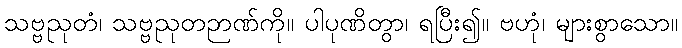
သဗ္ဗညုတံ၊ သဗ္ဗညုတဉာဏ်ကို။ ပါပုဏိတွာ၊ ရပြီး၍။ ဗဟုံ၊ များစွာသော။